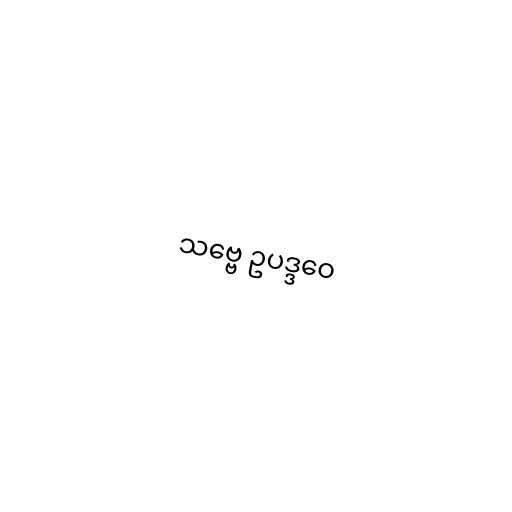
သဗ္ဗေ ဥပဒ္ဒဝေ